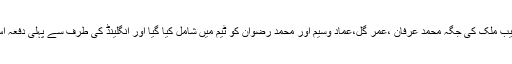
وہاب ریاض ،محمد عامر،یاسرشاہ اور شعیب ملک کی جگہ محمد عرفان ،عمر گُل،عماد وسیم اور محمد رضوان کو ٹیم میں شامل کیا گیا اور انگلینڈ کی طرف سے پہلی دفعہ اس وَن ڈے سیریز میں تین تبدیلیاں کی گئیں۔